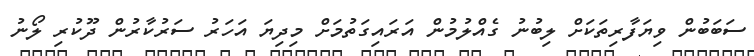
ސަބަބުން ވިޔަފާރިތަކަށް ލިބުނު ގެއްލުމުން އަރައިގަތުމަށް މިދިޔަ އަހަރު ސަރުކާރުން ދޫކުރި ލޯނު